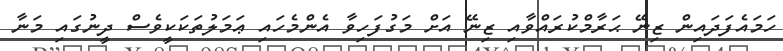
ހަމައެފަދައިން ޒިނޭ ޙަރާމްކުރައްވާއި ޒިނޭ އަށް މަގުފަހިވާ އެންމެހައި ޢަމަލުތަކަކީވެސް ދީނުގައި މަނާ